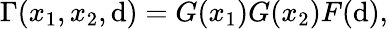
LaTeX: \Gamma(x_{1},x_{2},\mathrm{d})=G(x_{1})G(x_{2})F(\mathrm{d}),